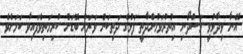
އޭނާ ވިދާޅުވީ މަސްދޯނި އިތުރުވަމުންދާތީ ފަޅުގެ ދަތިކަން ވަރަށް ބޮޑަށް ކުރިމަތިވެފައިވާ ކަމަށެވެ.